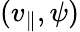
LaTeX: (v_{\parallel},\psi)